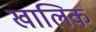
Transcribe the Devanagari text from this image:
खालिक